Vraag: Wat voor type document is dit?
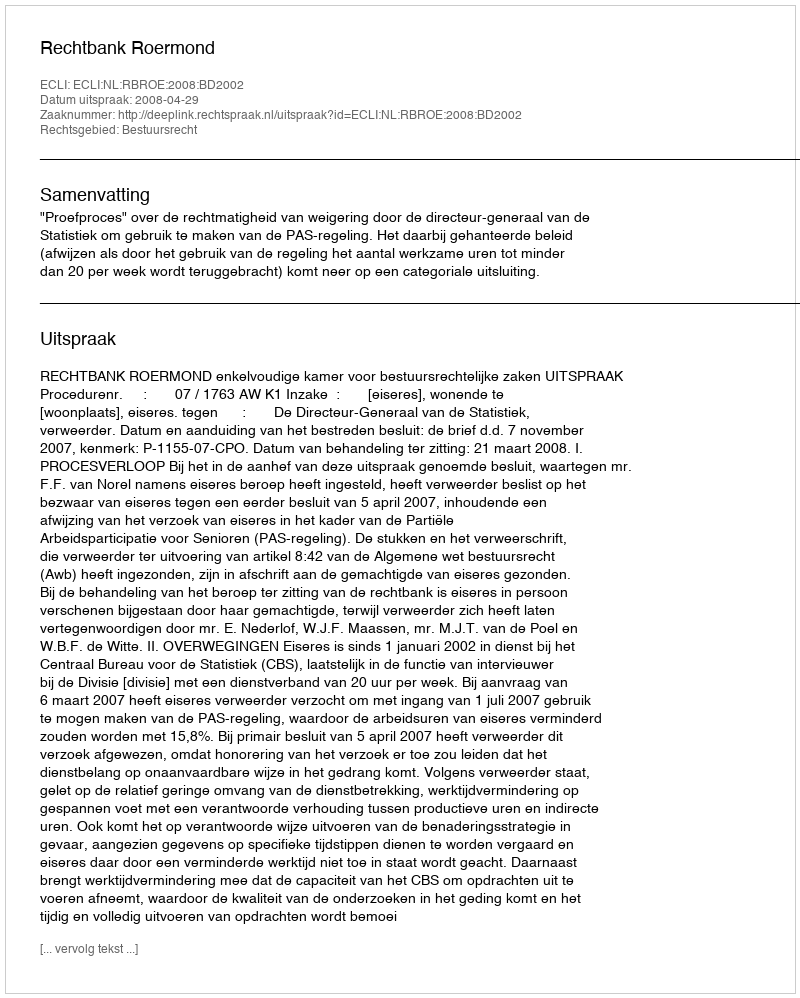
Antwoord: Uitspraak